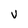
Character: V